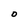
Character: O